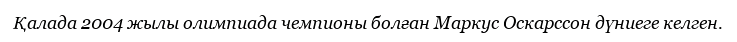
Қалада 2004 жылы олимпиада чемпионы болған Маркус Оскарссон дүниеге келген.